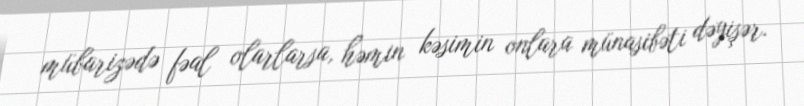
mübarizədə fəal olarlarsa, həmin kəsimin onlara münasibəti dəyişər.